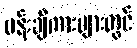
ပန်းချီကားများတွင်